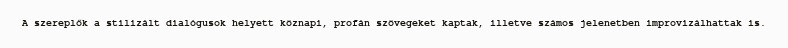
A szereplők a stilizált dialógusok helyett köznapi, profán szövegeket kaptak, illetve számos jelenetben improvizálhattak is.